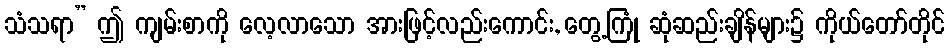
သံသရာ” ဤ ကျမ်းစာကို လေ့လာသော အားဖြင့်လည်းကောင်း, တွေ့ကြုံ ဆုံဆည်းချိန်များ၌ ကိုယ်တော်တိုင်